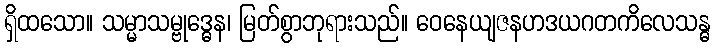
ရှိထသော။ သမ္မာသမ္ဗုဒ္ဓေန၊ မြတ်စွာဘုရားသည်။ ဝေနေယျဇနဟဒယဂတကိလေသန္ဓ